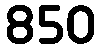
850